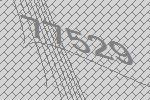
77529